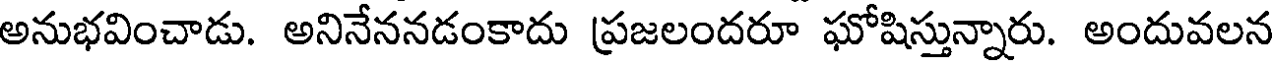
అనుభవించాడు. అనినేననడంకాదు ప్రజలందరూ ఘోషిస్తున్నారు. అందువలన